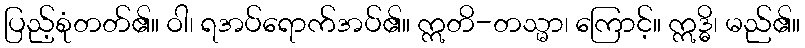
ပြည့်စုံတတ်၏။ ဝါ၊ ရအပ်ရောက်အပ်၏။ ဣတိ-တသ္မာ၊ ကြောင့်။ ဣဒ္ဓိ၊ မည်၏။